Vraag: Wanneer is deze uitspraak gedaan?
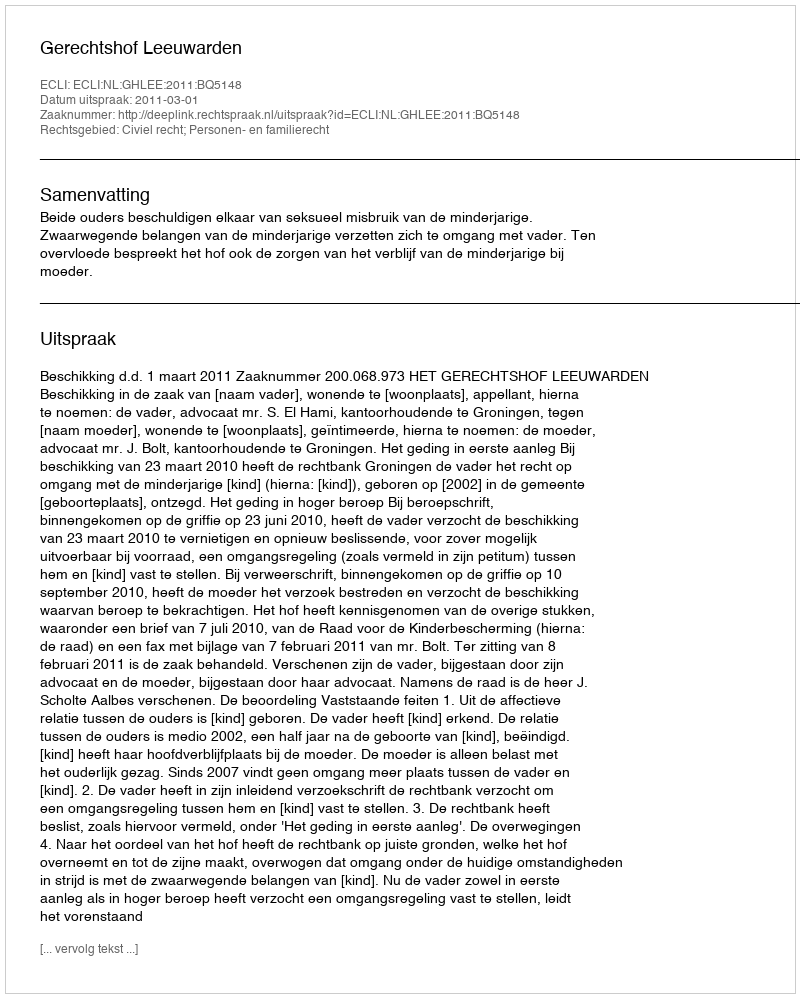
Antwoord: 2011-03-01